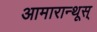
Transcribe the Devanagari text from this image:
आमारान्थूस्